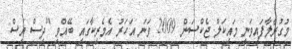
މުގުރާލާފައިވަނީ މައިކަލް ޖެކްސަން 2009 ވަނަ އަހަރު އެމެރިކާގައި ބޭއްވި "ދިސް އިސް